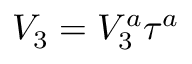
\begin{array} { r } { V _ { 3 } = V _ { 3 } ^ { a } \tau ^ { a } } \end{array}